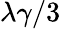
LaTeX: \lambda\gamma/3